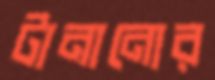
টানানোর